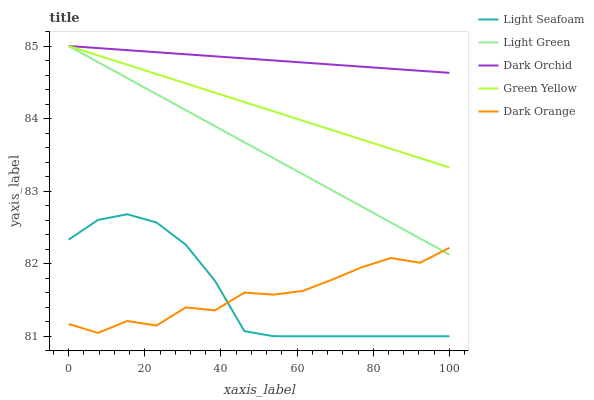
| xaxis_label | Light Seafoam | Light Green | Dark Orchid | Green Yellow | Dark Orange |
 | --- | --- | --- | --- | --- | --- |
 | 0 | 82.3 | 85 | 85 | 85 | 81.2 |
 | 7.69 | 82.6 | 84.8 | 85 | 84.9 | 81 |
 | 15.4 | 82.7 | 84.6 | 84.9 | 84.7 | 81.2 |
 | 23.1 | 82.6 | 84.3 | 84.9 | 84.6 | 81.1 |
 | 30.8 | 82.3 | 84.1 | 84.9 | 84.5 | 81.4 |
 | 38.5 | 81.8 | 83.9 | 84.9 | 84.4 | 81.4 |
 | 46.2 | 81.1 | 83.7 | 84.8 | 84.2 | 81.6 |
 | 53.8 | 81 | 83.5 | 84.8 | 84.1 | 81.6 |
 | 61.5 | 81 | 83.2 | 84.8 | 84 | 81.6 |
 | 69.2 | 81 | 83 | 84.7 | 83.8 | 81.8 |
 | 76.9 | 81 | 82.8 | 84.7 | 83.7 | 81.9 |
 | 84.6 | 81 | 82.6 | 84.7 | 83.6 | 82.1 |
 | 92.3 | 81 | 82.3 | 84.7 | 83.5 | 82 |
 | 100 | 81 | 82.1 | 84.6 | 83.3 | 82.2 |